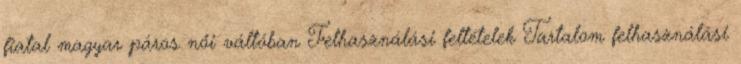
fiatal magyar páros női váltóban Felhasználási feltételek Tartalom felhasználási